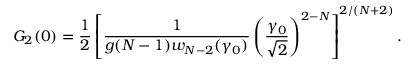
G _ { 2 } ( 0 ) = { \frac { 1 } { 2 } } \left[ { \frac { 1 } { g ( N - 1 ) w _ { N - 2 } ( \gamma _ { 0 } ) } } \left( \frac { \gamma _ { 0 } } { \sqrt { 2 } } \right) ^ { 2 - N } \right] ^ { 2 / ( N + 2 ) } .